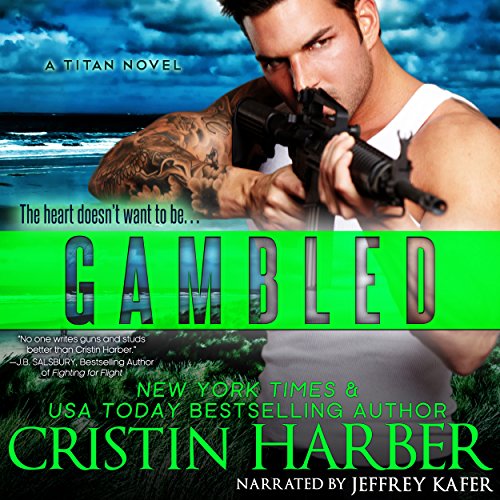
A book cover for Gambled: A Novella: Titan, Book 3.25; Cristin Harber; Literature & Fiction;